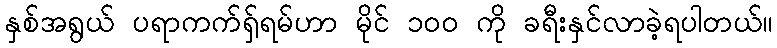
နှစ်အရွယ် ပရာကက်ရှ်ရမ်ဟာ မိုင် ၁၀၀ ကို ခရီးနှင်လာခဲ့ရပါတယ်။